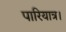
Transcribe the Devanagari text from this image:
पारियात्र।